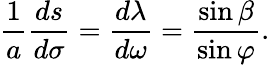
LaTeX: {\frac{1}{a}}{\frac{ds}{d\sigma}}={\frac{d\lambda}{d\omega}}={\frac{\sin\beta}{\sin\varphi}}.